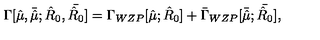
\Gamma [ { \hat { \mu } } , { \bar { \hat { \mu } } } ; { \hat { R } _ { 0 } } , { \bar { \hat { R } _ { 0 } } } ] = \Gamma _ { W Z P } [ { \hat { \mu } } ; { \hat { R } _ { 0 } } ] + { \bar { \Gamma } _ { W Z P } } [ { \bar { \hat { \mu } } } ; { \bar { \hat { R } _ { 0 } } } ] ,